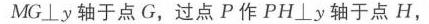
2. \(\triangle ABC\)中，若\(\angle A = \frac{3}{2}\angle B=3\angle C\)，\(AC = 2\sqrt{3}\text{ cm}\)，则\(\angle A=\underline{\quad\quad}\)度，\(\angle B=\underline{\quad\quad}\)
度，\(\angle C=\underline{\quad\quad}\)度，\(BC = \underline{\quad\quad}\)，\(S_{\triangle ABC}=\underline{\quad\quad}\)  .